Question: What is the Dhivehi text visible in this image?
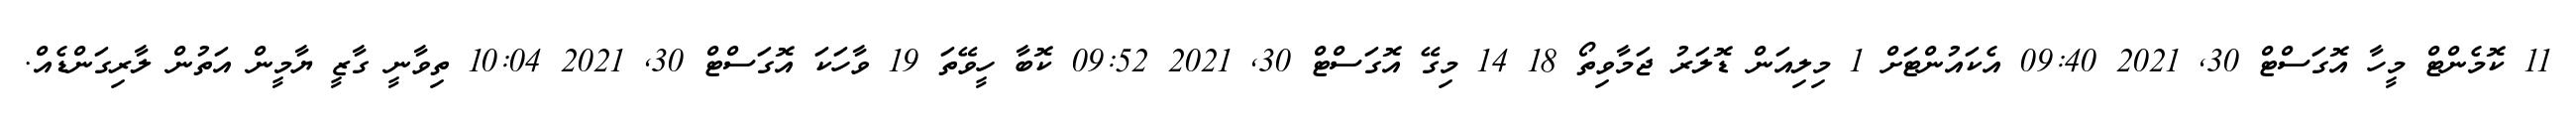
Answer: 11 ކޮމެންޓް މީހާ އޮގަސްޓް 30, 2021 09:40 އެކައުންޓަށް 1 މިލިއަން ޑޮލަރު ޖަމާވިތޯ 18 14 މިގޭ އޮގަސްޓް 30, 2021 09:52 ކޮބާ ހީވޭތަ 19 ވާހަކަ އޮގަސްޓް 30, 2021 10:04 ތިވާނީ ގާޒީ ޔާމީން އަތުން ލާރިގަންޑެއް.